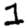
Digit: 1